Training of Teachers. Pupil Teachers, 1906
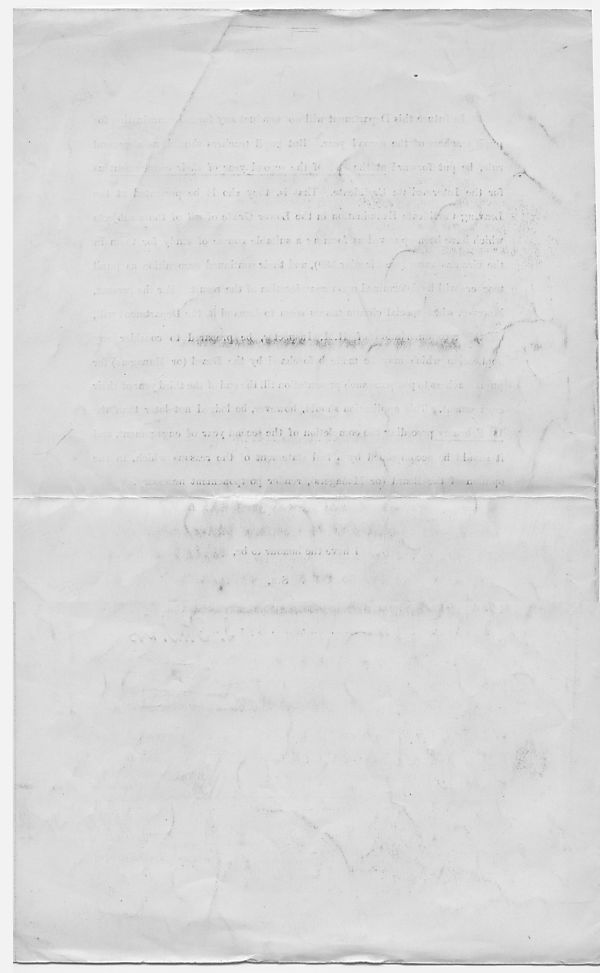
•-
f< ■ <r
v
t 4
.
< . *
,L *
,
i i (.•
! ,
;
i
,
; !
< .
** • I <!'-’* - -
' '
'
^ /
|
A
f
f . ,
.:
i
,
i
'
■
,
■
>
i